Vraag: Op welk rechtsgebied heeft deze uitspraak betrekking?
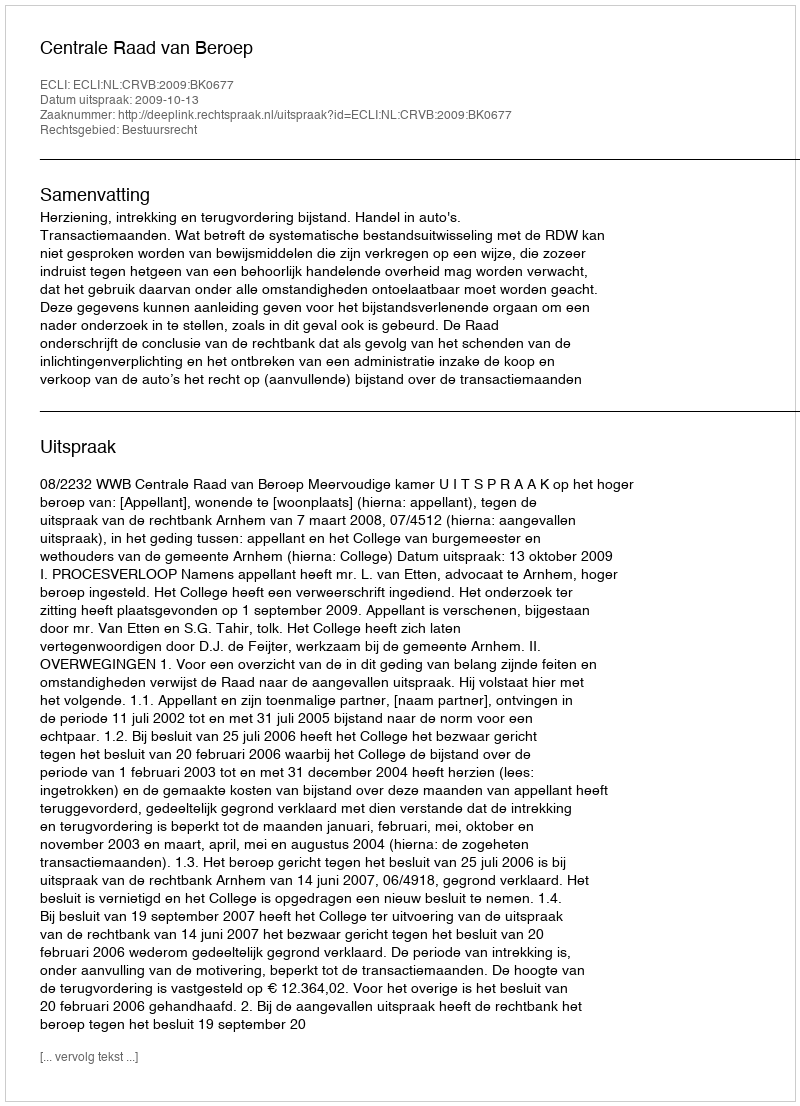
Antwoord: Bestuursrecht